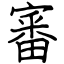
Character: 審